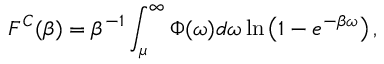
F ^ { C } ( \beta ) = \beta ^ { - 1 } \int _ { \mu } ^ { \infty } \Phi ( \omega ) d \omega \ln \left( 1 - e ^ { - \beta \omega } \right) ,